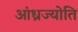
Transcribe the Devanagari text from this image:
आंध्रज्योति